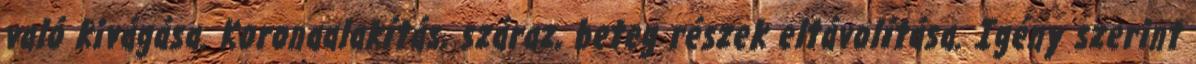
való kivágása. Koronaalakítás, száraz, beteg részek eltávolítása. Igény szerint